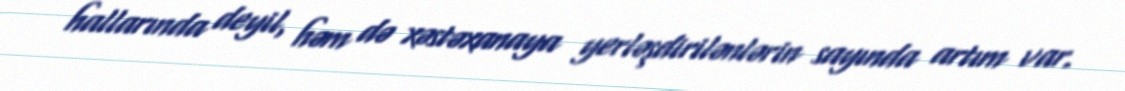
hallarında deyil, həm də xəstəxanaya yerləşdirilənlərin sayında artım var.